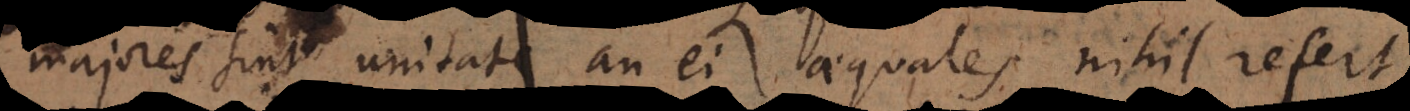
majores sint unitate an ei aequales incertum